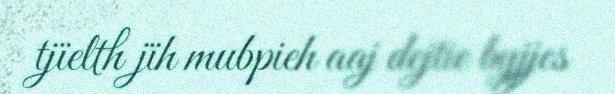
tjïelth jïh mubpieh aaj dejtie byjjes